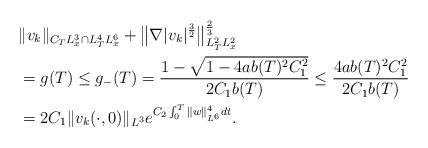
LaTeX: \begin{align*}&\|v_{k}\|_{C_{T}L_{x}^{3}\cap L_{T}^{4}L_{x}^{6}}+\big\|\nabla|v_{k}|^{\frac{3}{2}}\big\|^{\frac{2}{3}}_{L_{T}^{2}L_{x}^{2}}\\&=g(T)\leq g_{-}(T)=\frac{1-\sqrt{1-4ab(T)^{2}C_{1}^{2}}}{2C_{1}b(T)}\leq\frac{4ab(T)^{2}C_{1}^{2}}{2C_{1}b(T)}\\&=2C_{1}\|v_{k}(\cdot,0)\|_{L^{3}}e^{C_{2}\int_{0}^{T}\|w\|_{L^{6}}^{4}dt}.\end{align*}